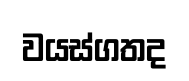
වයස්ගතද